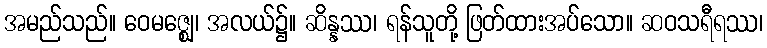
အမည်သည်။ ဝေမဇ္ဈေ၊ အလယ်၌။ ဆိန္နဿ၊ ရန်သူတို့ ဖြတ်ထားအပ်သော။ ဆဝသရီရဿ၊